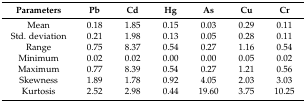
| Parameters | Pb | Cd | Hg | As | Cu | Cr |
 | --- | --- | --- | --- | --- | --- | --- |
 | Mean | 0.18 | 1.85 | 0.15 | 0.03 | 0.29 | 0.11 |
 | Std. deviation | 0.21 | 1.98 | 0.13 | 0.05 | 0.28 | 0.11 |
 | Range | 0.75 | 8.37 | 0.54 | 0.27 | 1.16 | 0.54 |
 | Minimum | 0.02 | 0.02 | 0.00 | 0.00 | 0.05 | 0.02 |
 | Maximum | 0.77 | 8.39 | 0.54 | 0.27 | 1.21 | 0.56 |
 | Skewness | 1.89 | 1.78 | 0.92 | 4.05 | 2.03 | 3.03 |
 | Kurtosis | 2.52 | 2.98 | 0.44 | 19.60 | 3.75 | 10.25 |